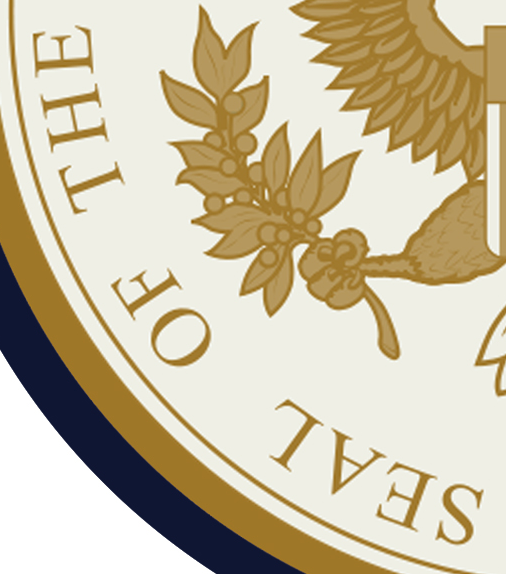
SEAL OF THE